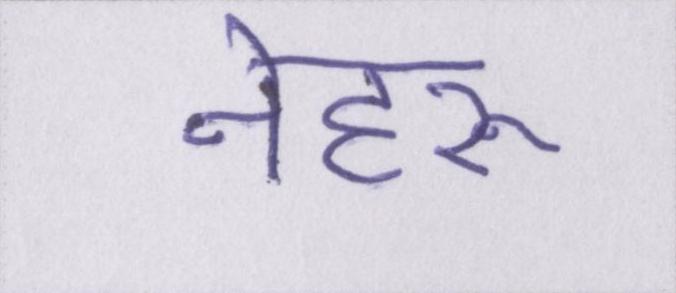
नेहरू